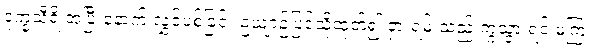
ဒုက္ခသီရိ အပြီးနောက် လွှင့်ပစ်ခြင်း ဥယျာဉ်ပြင်သို့ထုတ်၍ ငှားရမ်းသည့် ကွဲသွားရင် မကြ